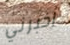
أخبرني